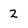
Character: 2